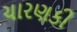
ચારણકી